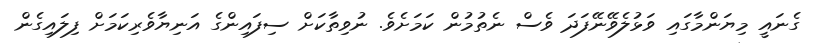
ގެނައީ މިޔަންމާގައި ވަޅުލެވޭނޭފަދަ ވެސް ނެތުމުން ކަމަށެވެ. ނުވިތާކަށް ސިފައިންގެ އަނިޔާވެރިކަމަށް ފިލައިގެން